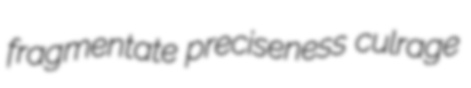
fragmentate preciseness culrage